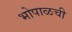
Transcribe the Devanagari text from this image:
भोपाळची